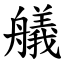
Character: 艤